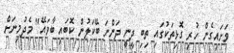
ވަށައިގެން ހުރި ގޮޅިތަކުގައި ތިބި ދީނީ ދަންނަ ބޭކަލުން ކޮބައި ބާވައޭ" މެދުމިނަށް